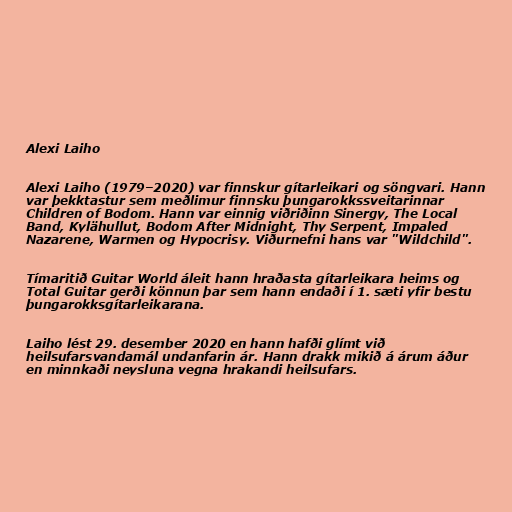
Alexi Laiho

Alexi Laiho (1979–2020) var finnskur gítarleikari og söngvari. Hann
var þekktastur sem meðlimur finnsku þungarokkssveitarinnar
Children of Bodom. Hann var einnig viðriðinn Sinergy, The Local
Band, Kylähullut, Bodom After Midnight, Thy Serpent, Impaled
Nazarene, Warmen og Hypocrisy. Viðurnefni hans var "Wildchild".

Tímaritið Guitar World áleit hann hraðasta gítarleikara heims og
Total Guitar gerði könnun þar sem hann endaði í 1. sæti yfir bestu
þungarokksgítarleikarana.

Laiho lést 29. desember 2020 en hann hafði glímt við
heilsufarsvandamál undanfarin ár. Hann drakk mikið á árum áður
en minnkaði neysluna vegna hrakandi heilsufars.